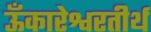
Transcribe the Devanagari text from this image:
ऊँकारेश्वरतीर्थ